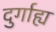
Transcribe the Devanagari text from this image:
दुर्गाह्य